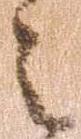
之